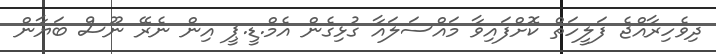
ދިވެހިރާއްޖެ ފަލީހަތް ކޮށްފައިވާ މައްސަލައާ ގުޅިގެން އެމް.ޑީ.ޕީ އިން ނެރޭ ނޫސް ބަޔާން